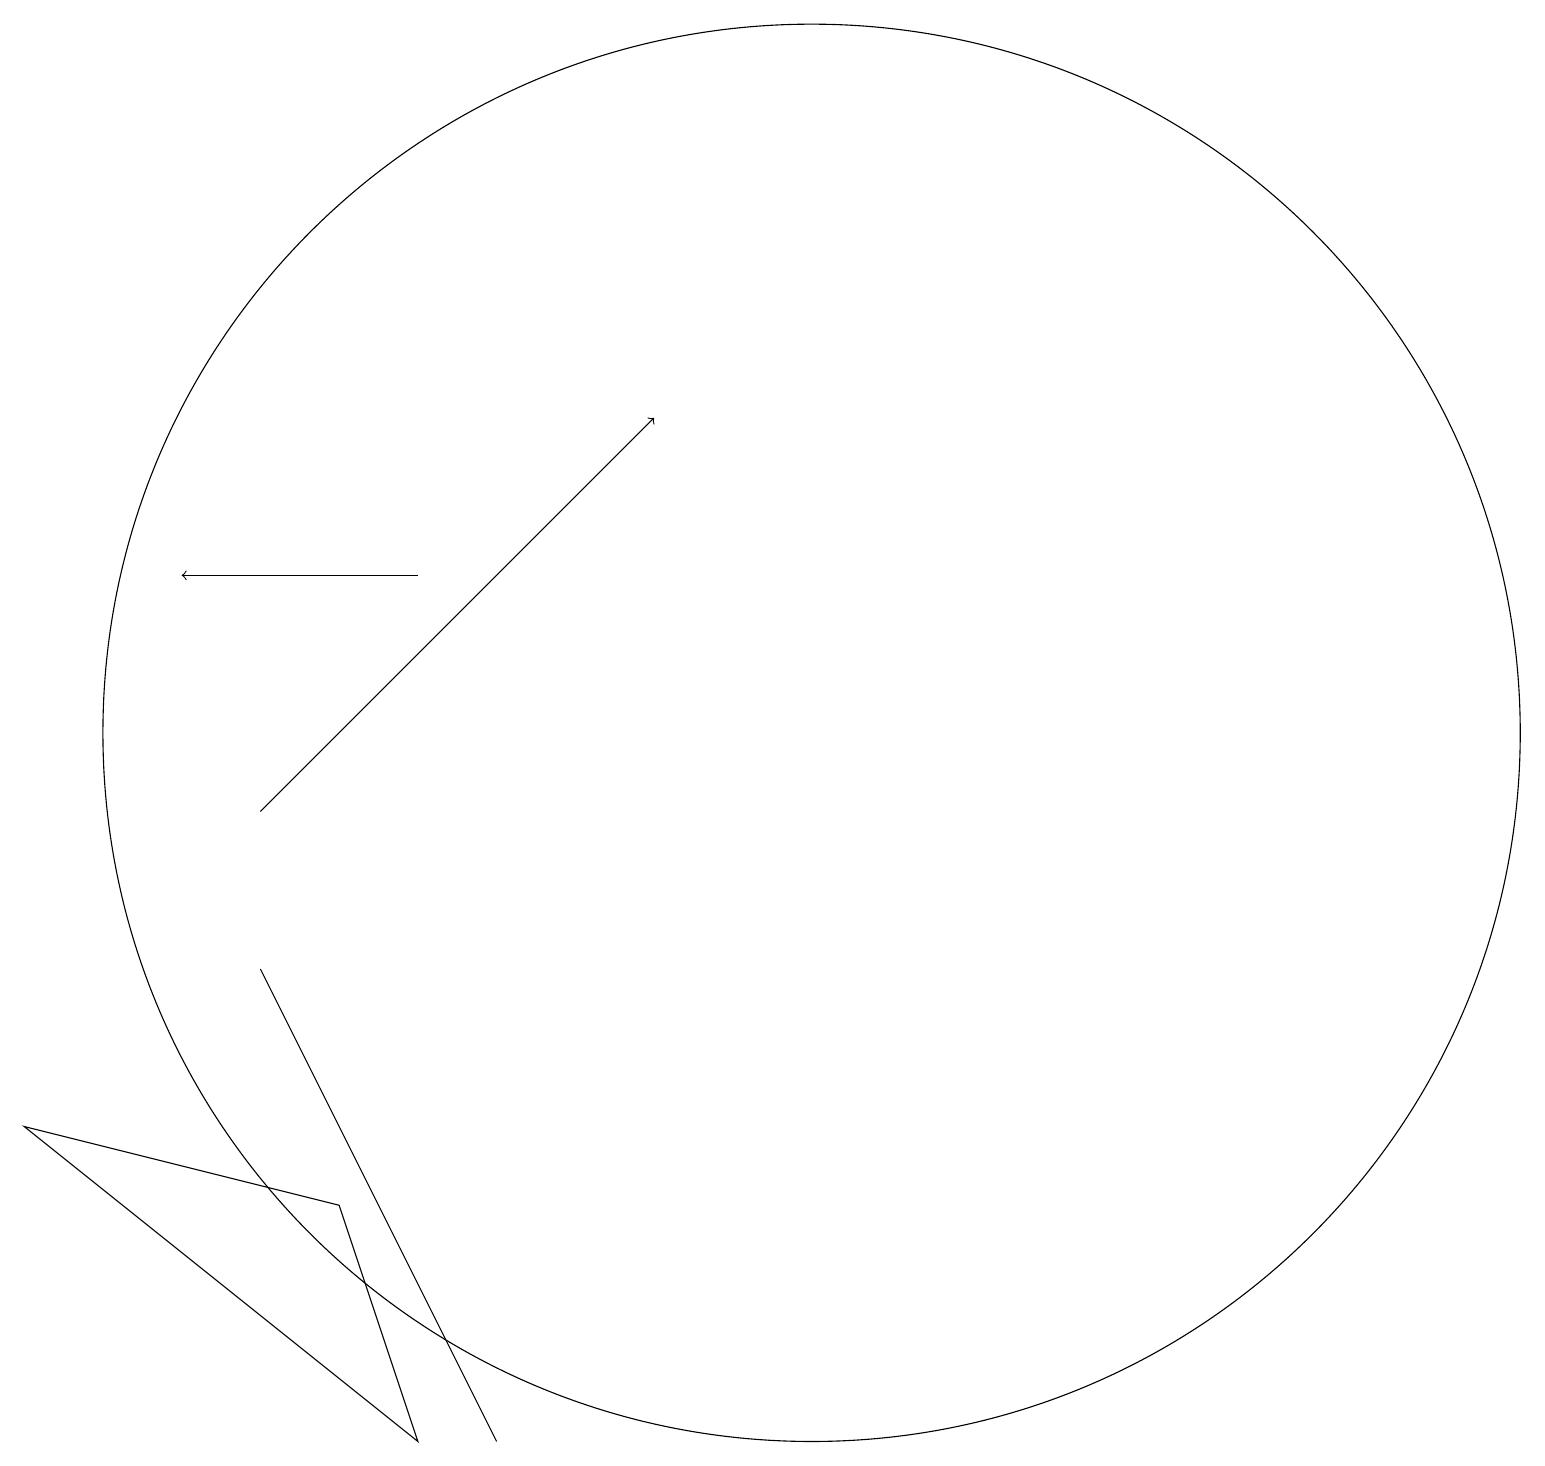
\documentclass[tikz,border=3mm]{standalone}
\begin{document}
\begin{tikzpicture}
\draw[->] (6,13) -- (3,13);
\draw (6,4) -- (7,2) -- (4,8) -- cycle;
\draw (6,2) -- (5,5) -- (1,6) -- cycle;
\draw[->] (4,10) -- (9,15);
\draw (11,11) circle (9);
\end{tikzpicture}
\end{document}